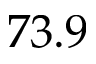
7 3 . 9